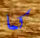
كما